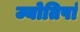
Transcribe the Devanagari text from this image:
ज्योतिषां